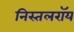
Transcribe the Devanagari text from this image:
निस्तलरॉय